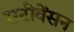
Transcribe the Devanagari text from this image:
सटीवेंसन